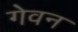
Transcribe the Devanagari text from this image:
गेवन